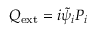
Q _ { \mathrm { e x t } } = i \widetilde { \psi } _ { i } P _ { i }